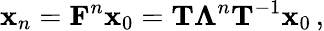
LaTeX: {\mathbf x}_{n}={\mathbf F}^{n}{\mathbf x}_{0}={\mathbf T}\mathbf{\Lambda}^{n}{\mathbf T}^{-1}{\mathbf x}_{0}\, ,